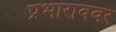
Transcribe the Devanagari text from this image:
प्रभाराववर